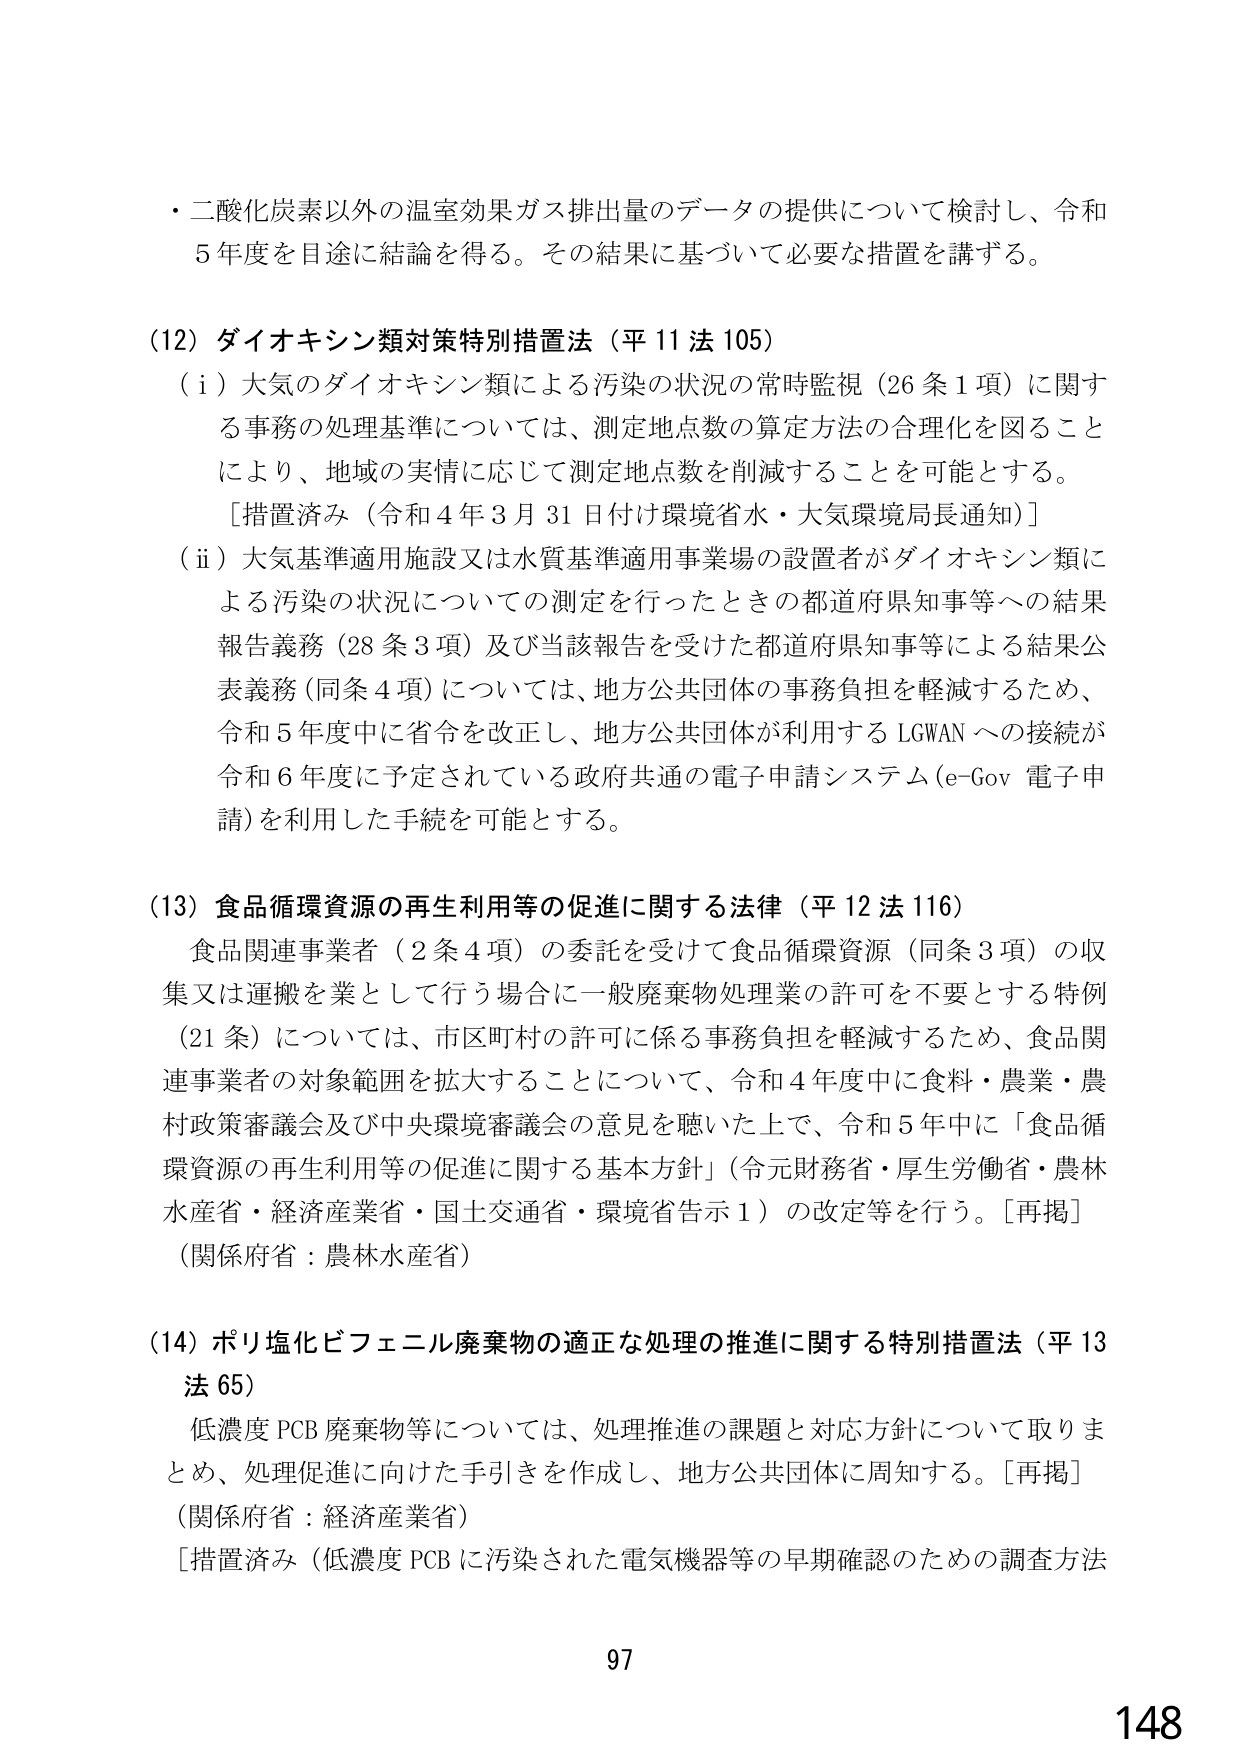
・二酸化炭素以外の温室効果ガス排出量のデータの提供について検討し、令和5年度を目途に結論を得る。その結果に基づいて必要な措置を講ずる。

(12) ダイオキシン類対策特別措置法（平11法105）
(i) 大気のダイオキシン類による汚染の状況の常時監視（26条1項）に関する事務の処理基準については、測定地点数の算定方法の合理化を図ることにより、地域の実情に応じて測定地点数を削減することを可能とする。
[措置済み（令和4年3月31日付け環境省水・大気環境局長通知）]
(ii) 大気基準適用施設又は水質基準適用事業場の設置者がダイオキシン類による汚染の状況についての測定を行ったときの都道府県知事等への結果報告義務（28条3項）及び当該報告を受けた都道府県知事等による結果公表義務（同条4項）については、地方公共団体の事務負担を軽減するため、令和5年度中に省令を改正し、地方公共団体が利用するLGWANへの接続が令和6年度に予定されている政府共通の電子申請システム（e-Gov 電子申請）を利用した手続を可能とする。

(13) 食品循環資源の再生利用等の促進に関する法律（平12法116）
食品関連事業者（2条4項）の委託を受けて食品循環資源（同条3項）の収集又は運搬を業として行う場合に一般廃棄物処理業の許可を不要とする特例（21条）については、市区町村の許可に係る事務負担を軽減するため、食品関連事業者の対象範囲を拡大することについて、令和4年度中に食料・農業・農村政策審議会及び中央環境審議会の意見を聴いた上で、令和5年中に「食品循環資源の再生利用等の促進に関する基本方針」（令元財務省・厚生労働省・農林水産省・経済産業省・国土交通省・環境省告示1）の改定等を行う。[再掲]
（関係府省：農林水産省）

(14) ポリ塩化ビフェニル廃棄物の適正な処理の推進に関する特別措置法（平13法65）
低濃度PCB廃棄物等については、処理推進の課題と対応方針について取りまとめ、処理促進に向けた手引きを作成し、地方公共団体に周知する。[再掲]
（関係府省：経済産業省）
[措置済み（低濃度PCBに汚染された電気機器等の早期確認のための調査方法

97
148